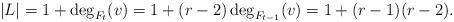
LaTeX: \begin{align*} |L| = 1+\deg_{F_t}(v) = 1+(r-2) \deg_{F_{t-1}}(v) = 1+(r-1)(r-2). \end{align*}